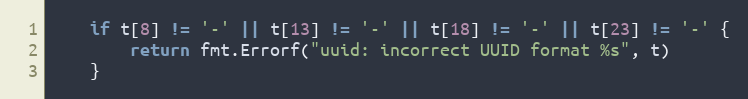
Language: Go
	if t[8] != '-' || t[13] != '-' || t[18] != '-' || t[23] != '-' {
		return fmt.Errorf("uuid: incorrect UUID format %s", t)
	}